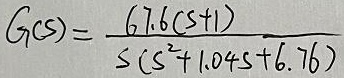
\[G(s)=\frac{6.76(s + 1)}{s(s^{2}+1.04s + 6.76)}\]